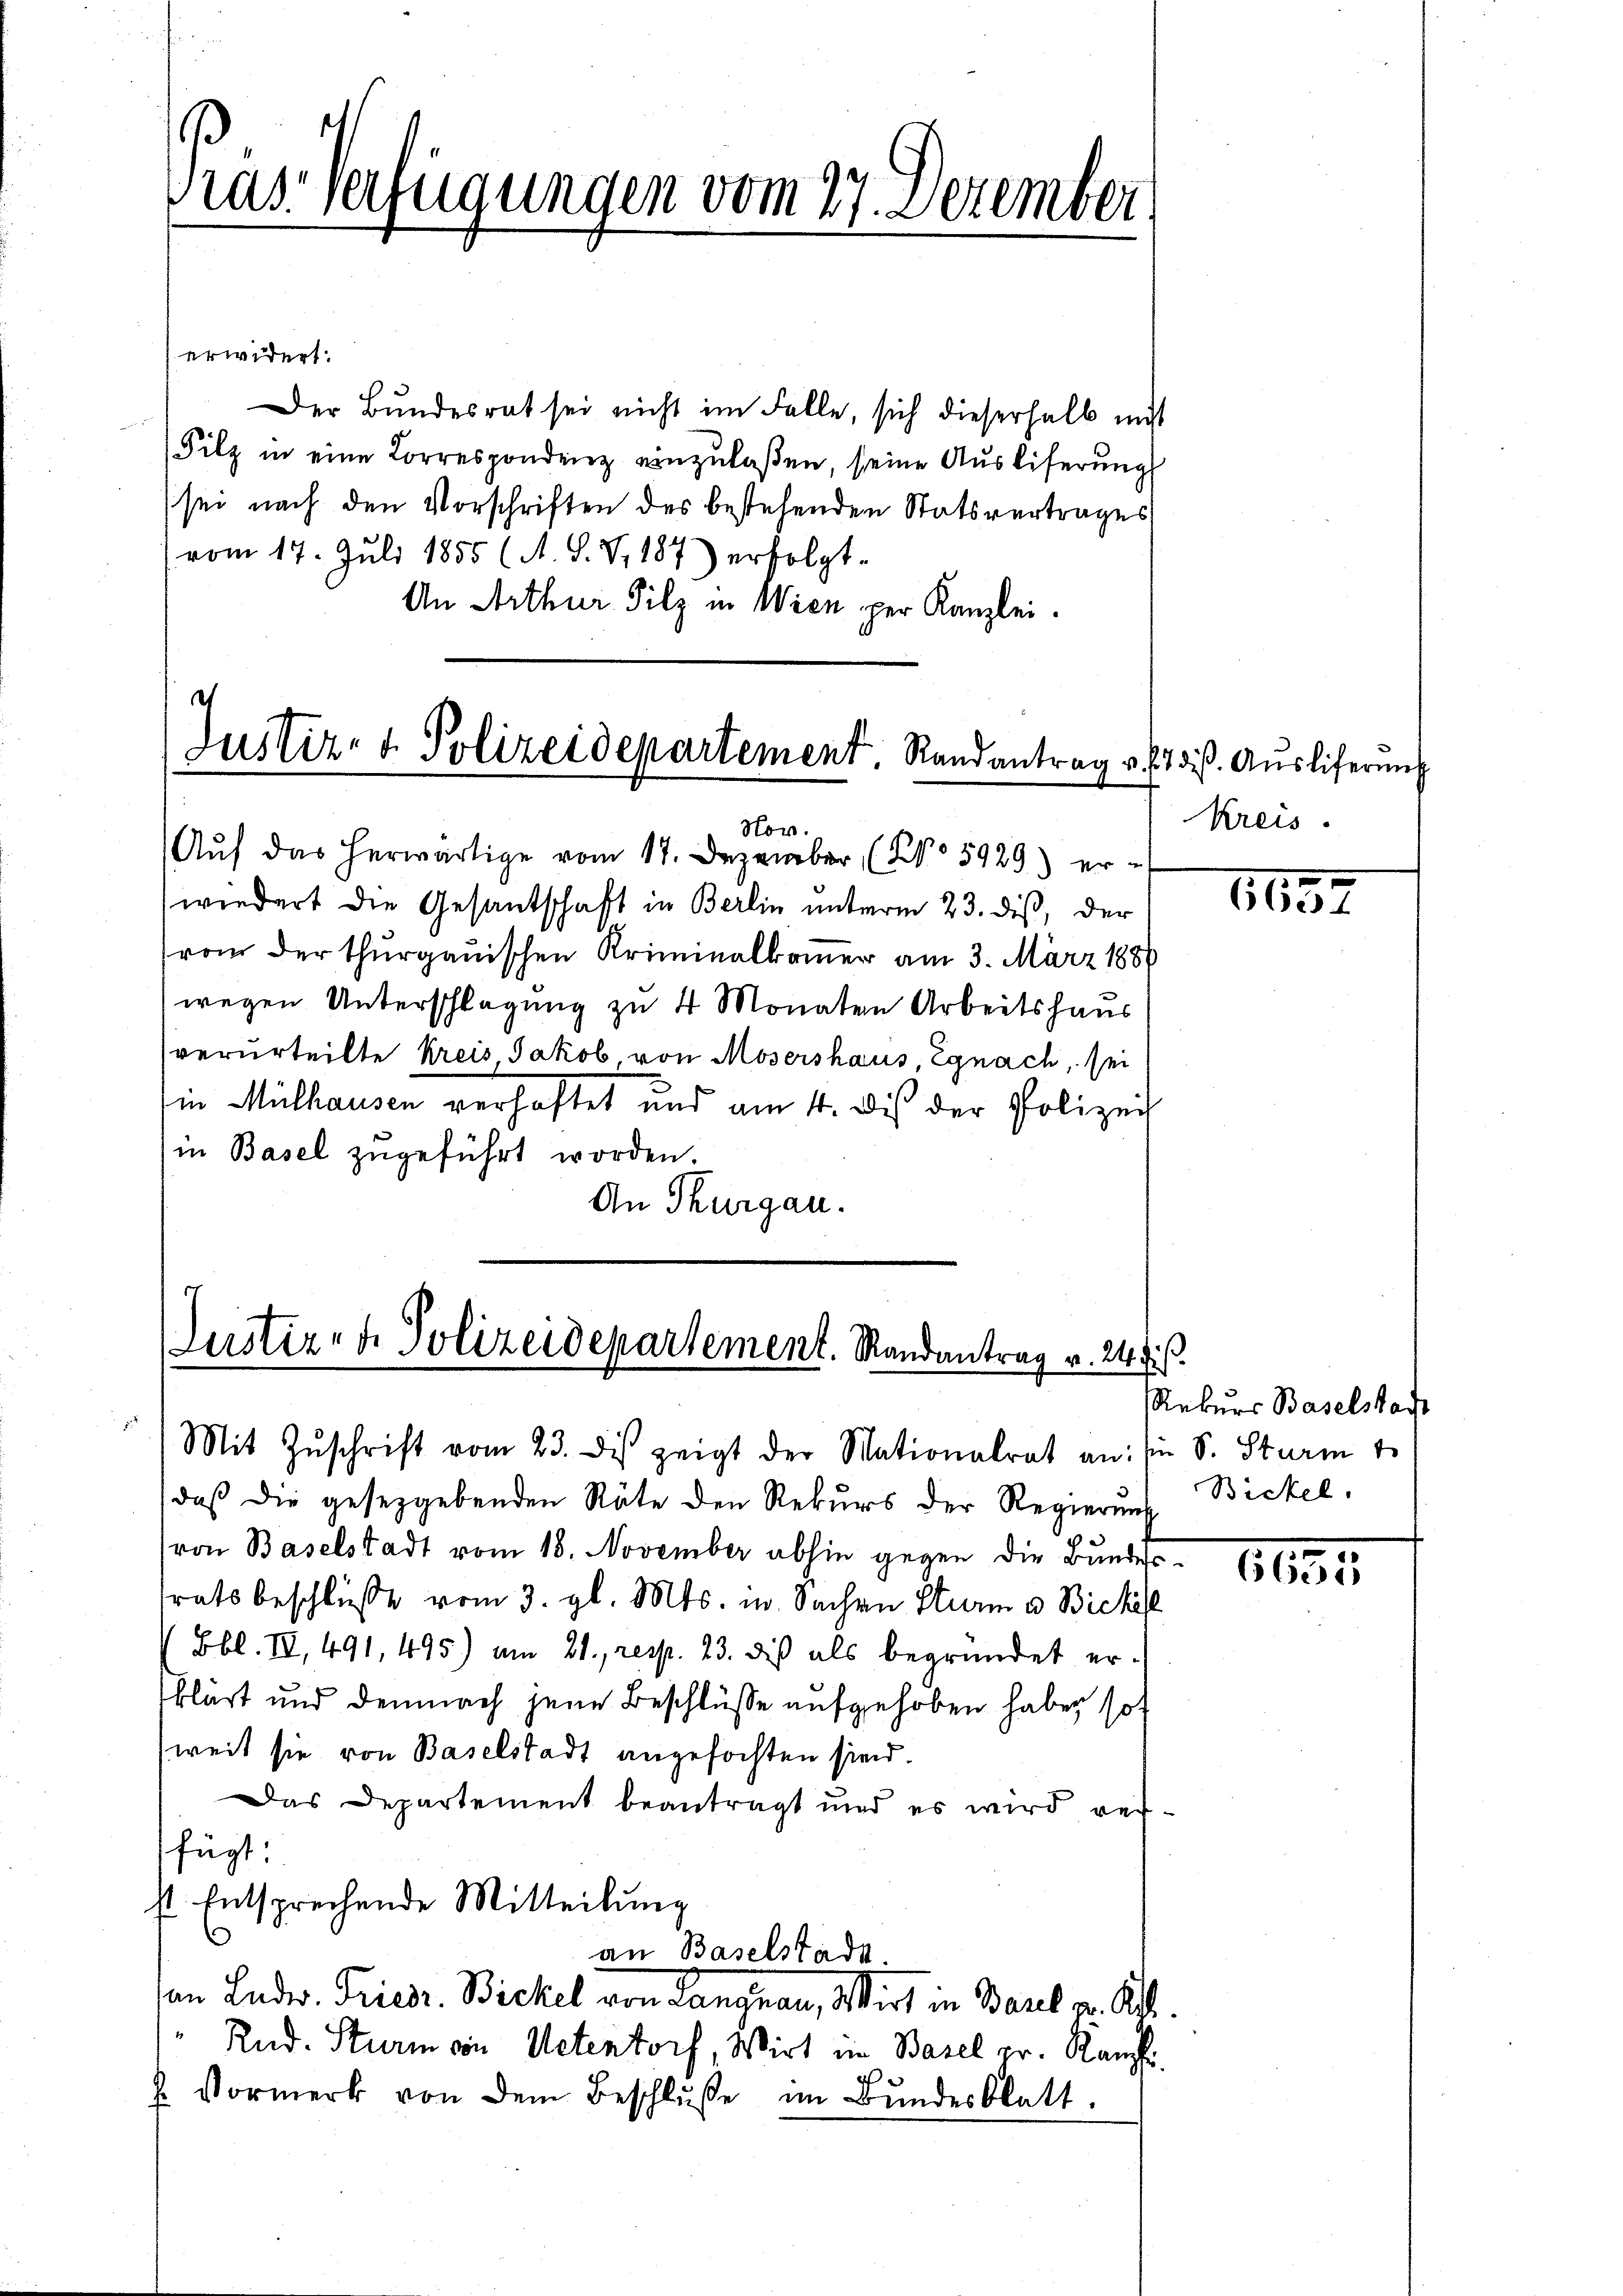
ras Verfügungen vom 27. Dezember

erwidert.
Der Bundesrat sei nicht im Falle, sich dieserhalb nicht
Filz in eine Lorrespondenz einzulaßen, seine Auslieferung
sei nach den Vorschriften des bestehenden Statsvertrages
vom 17. Juli 1855 (A. S. V. 187) erfolgt.
An Arthur Silz in Wien per Kanzlei.

c
Justiz- & Polizeidepartement. Randantrag u.

Aŭf das herwärtige vom 17. Dezember (No 5929) er-
wiedert die Gesantschaft in Berlin unterm 23. diß, der
rom der thurgauischen Kriminalkommer am 3. März 1888
wegen Unterschlagung zu 4 Monaten Arbeitshaus
verurteilte Kreis, Jakob, von Mosershaus, Egnach, sei
in Mülhausen verhaftet und am 4. Dis der Polizei
in Basel zugeführt worden.
An Thurgau.

Nov.

Justiz- & Polizeidepartement. Randantrag v. 24 s.
Mit Zŭschrift vom 23. des zeigt der Mationalrat an: Im S. Sturm 4.

daß die gesetzgebenden Räte den Rekurs der Regierung Bickel,
(von Baselstadt vom 18. November abhin gegen die Bundestrats beschlüsse vom 3. gl. Mts. in Sachen Sturm u. Bickel
Bbl. II, 491, 495) am 21., resp. 23. die als begründet erklärt und demnach jene Beschlüsse aufgehoben haben so
weit sie von Baselstadt angefochten sind.
Das Departement beantragt und es wird ver-
fügt:
st. Entsprechende Mitteilung
an Baselstadt.
an Ludws. Friedr. Bickel von Langnau, Wirt in Basel pr. K.
Rud. Sturm von Actentorf, Wirt in Basel pr. Raufhi
. Vormerk von dem Beschlŭsse im Bundesblatt.

87 diß. Auslieferung
Kreis.

1652

Rekurs Baselstacht

1191.